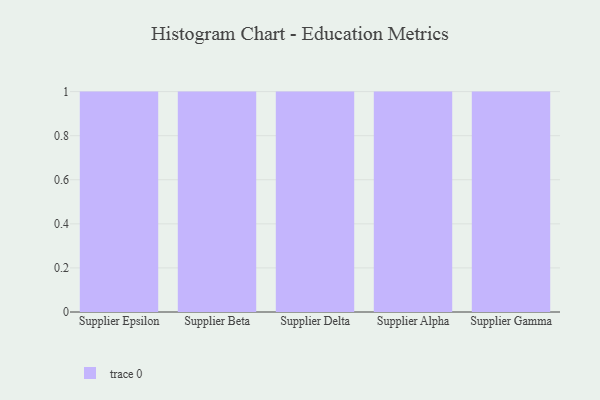
{"axis": {"x": "Supplier", "y": "Website Visitors"}, "legend": [""], "data": [{"x": "Supplier Epsilon", "y": 8, "type": ""}, {"x": "Supplier Beta", "y": 78, "type": ""}, {"x": "Supplier Delta", "y": 74, "type": ""}, {"x": "Supplier Alpha", "y": 52, "type": ""}, {"x": "Supplier Gamma", "y": 84, "type": ""}]}